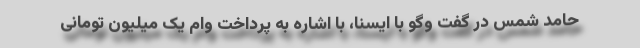
حامد شمس در گفت وگو با ایسنا، با اشاره به پرداخت وام یک میلیون تومانی